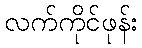
လက်ကိုင်ဖုန်း